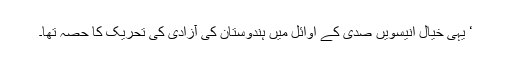
‘ یہی خیال انیسویں صدی کے اوائل میں ہندوستان کی آزادی کی تحریک کا حصہ تھا۔